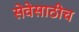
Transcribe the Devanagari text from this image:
सेवेसाठीच